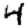
Digit: 4